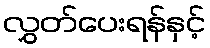
လွှတ်ပေးရန်နှင့်